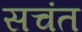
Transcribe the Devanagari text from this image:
सचंत